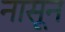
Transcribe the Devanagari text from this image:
नासून